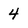
Character: 4